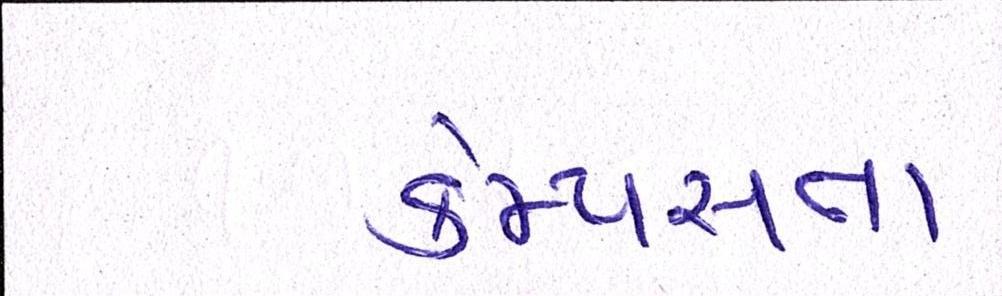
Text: કેમ્પસના